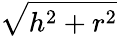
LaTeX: \sqrt{h^{2}+r^{2}}